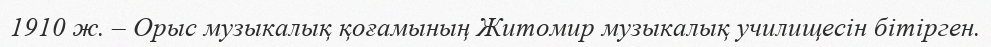
1910 ж. – Орыс музыкалық қоғамының Житомир музыкалық училищесін бітірген.